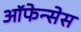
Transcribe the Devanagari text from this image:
ऑफेन्सेस